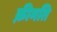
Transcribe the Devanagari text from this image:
क़ीमति